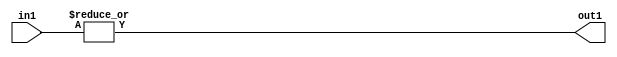
`timescale 1ps / 1ps
/*****************************************************************************
    Verilog RTL Description
    
    
    Created by: Stratus DpOpt 2019.1.01 
*******************************************************************************/

module feature_write_addr_gen_OrReduction_3U_1U_4_3 (
	in1,
	out1
	); /* architecture "behavioural" */ 
input [2:0] in1;
output  out1;
wire  asc001;

assign asc001 = 
	(|in1);

assign out1 = asc001;
endmodule

/* CADENCE  urf1Sw8= : u9/ySgnWtBlWxVPRXgAZ4Og= ** DO NOT EDIT THIS LINE ******/